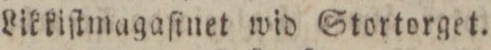
Likkiſtmagaſinet wid Stortorget.